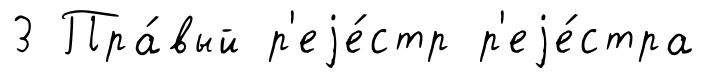
3 Пра́вый р'еjе́стр р'еjе́стра